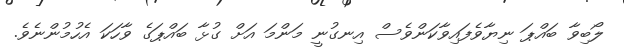
ލޯބިވާ ބައްޕަ ނިޔާވެފައިވާކަންވެސް އިނގުނީ މަންމަ އަށް ގުޅާ ބައްޕަގެ ވާހަކަ އެހުމުންނެވެ.